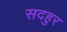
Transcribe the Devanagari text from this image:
सदहुर